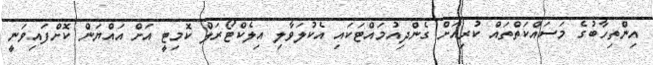
އިންތިހާބުގެ މަސައްކަތްތައް ކުރިއަށް ގެންދިއުމައްޓަކައި އެކުލަވާލި އިލެކްޓޯރަލް ކޮމިޓީ އަށް އައްޔަން ކޮށްފައިވަނީ